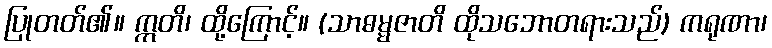
ပြုတတ်၏။ ဣတိ၊ ထို့ကြောင့်။ (သာဓမ္မဇာတိ ထိုသဘောတရားသည်) ကရုဏာ၊